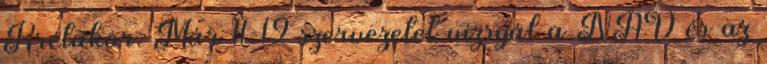
Krétakör. Már 11-12 szervezetet vizsgál a NAV és az